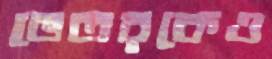
ভেতরকেও